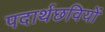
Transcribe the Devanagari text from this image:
पदार्थछवियों